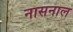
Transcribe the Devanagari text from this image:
नासनाल